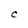
Character: C